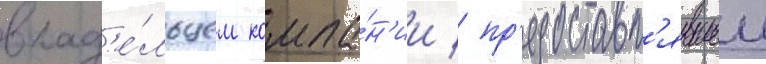
влад'е́льцем компа́н'ии / пр'едоставл'явшеи